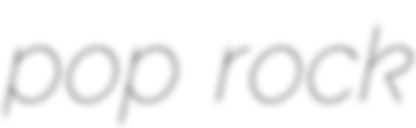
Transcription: pop rock